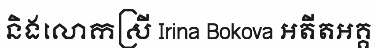
និងលោកស្រី Irina Bokova អតីតអគ្គ